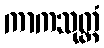
ကာကသုတ္တံ